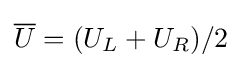
{\overline {U}}=(U_{L}+U_{R})/2